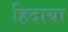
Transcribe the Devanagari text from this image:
हिदाया